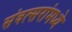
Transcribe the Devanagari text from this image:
संवत्सरांमध्ये